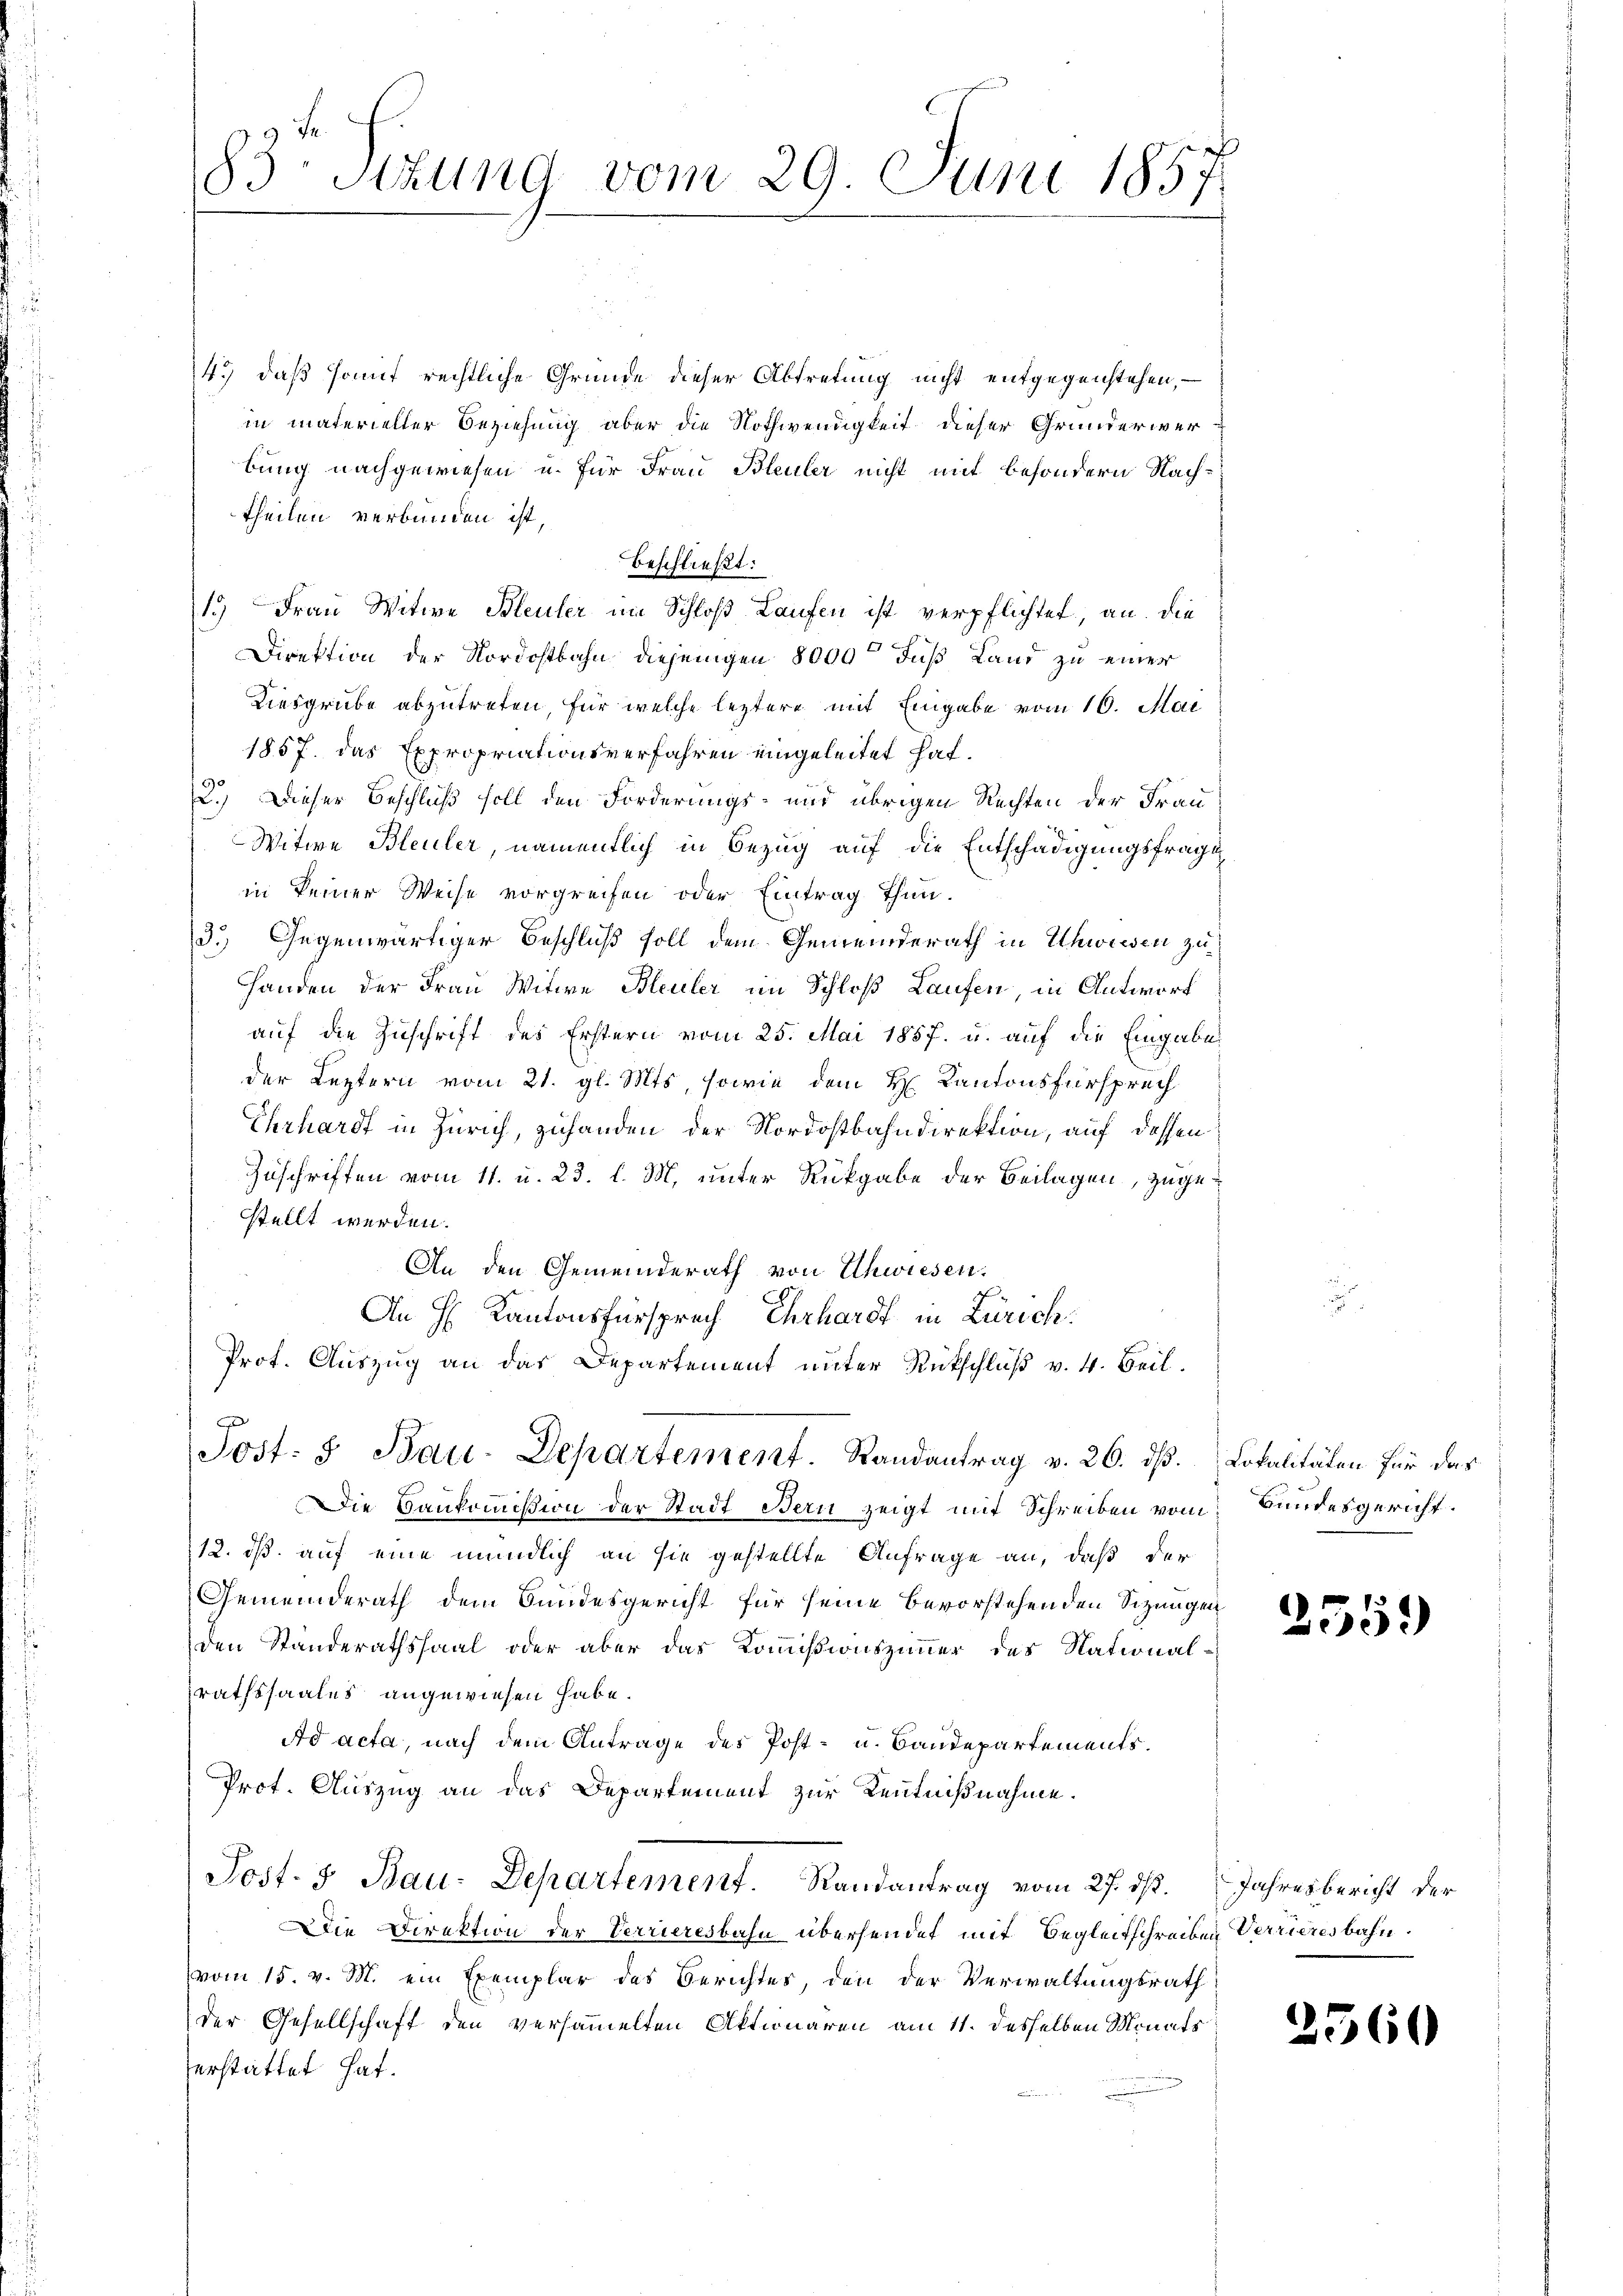
83. Sitzung vom 29. Juni 1857

4.) daß somit rechtliche Gründe dieser Abtretung nicht entgegenstehen, –
in materieller Beziehung aber die Nothwendigkeit dieser Grunderwerbung nachgewiesen u. für Frau Bleuler nicht mit besondern Nachtheilen verbunden ist,
beschließt:
1.) Frau Witwe Bleuler im Schloß Laufen ist verpflichtet, an. Die
Direktion der Nordostbahn diejenigen 8000 Fuß Land zu einer
Kiesgrube abzutreten, für welche leztere mit Eingabe vom 16. Mai
1857. das Expropriationsverfahren eingeleitet hat.
2.) Dieser Beschluß soll den Forderungs- und übrigen Rechten der Frau
Witwe Bleuler, namentlich in Bezug auf die Entschädigungsfrage
in keiner Weise vorgreifen oder Eintrag thun.
d.) Gegenwärtiger Beschluß soll dem Gemeinderath in Uhwiesen zu¬
Handen der Frau Witwe Bleuler im Schloß Laufen, in Antworf
auf die Zuschrift des Erstern vom 25. Mai 1857. u. auf die Eingabe
der Leztern vom 21. gl. Mts, sowie dem H. Kantonsfürsprech
Ehrhardt in Zürich, zuhanden der Nordostbahndirektion, auf dessen
Zuschriften vom 11. u. 23. l. M. unter Rückgabe der Beilagen, zugestellt werden.
An den Gemeinderath von Uhwiesen.
An H. Kantonsfürsprech Ehrhardt in Zürich:
Prof. Auszug an das Departement unter Rückschluß v. 4. Beil.
A
Jost: I. Bau-Departement. Randantrag v. 26. ds. Lokalitäten für das
Die Hankommißion der Stadt Bern zeigt mit Schreiben vom Bundesgericht.
12. ds. auf eine mündlich an sie gestellte Anfrage an, daß der
Gemeinderath dem Bundesgericht für seine Bevorstehenden Sizungen
den Standerathssaal oder aber das Kommißionszimmer des Nationalrathssaales angewiesen habe.
Ad acta, nach dem Antrage des Post- u. Baudepartements.
Prot. Auszug an das Departement zur Kenntnißnahme.
Post- 5 Bau-Departement. Randantrag vom 27. ds. Jahresbericht der
Die Direktion der Verrieresbahn übersendet mit Begleitschreiben Verzieresbahn.
(vom 15. v. M. ein Exemplar des Berichtes, den der Verwaltungsrath
der Gesellschaft den versammelten Aktionaren am 11. desselben Monats
erstattet hat.

2559

2560